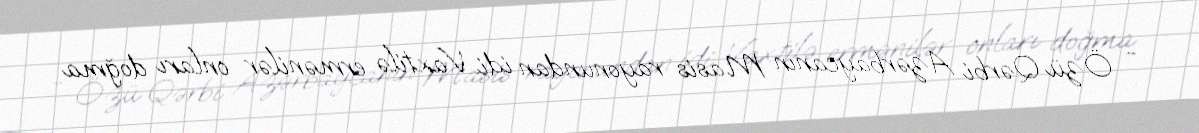
- Özü Qərbi Azərbaycanın Masis rayonundan idi. Vaxtilə ermənilər onları doğma